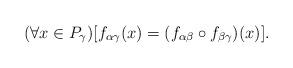
LaTeX: \begin{align*}(\forall x \in P_{\gamma})[f_{\alpha \gamma} (x) = (f_{\alpha \beta} \circ f_{\beta \gamma})(x)].\end{align*}